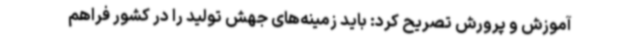
آموزش و پرورش تصریح کرد: باید زمینه‌های جهش تولید را در کشور فراهم